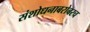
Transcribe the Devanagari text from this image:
संशोधनाबरोबरच